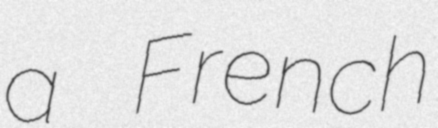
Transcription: a French